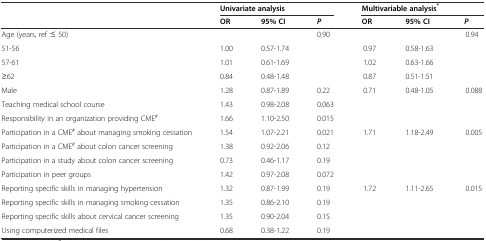
<table><thead><tr><td rowspan="2"></td><td colspan="3"><b>Univariate analysis</b></td><td colspan="3"><b>Multivariable analysis<sup>*</sup></b></td></tr><tr><td><b>OR</b></td><td><b>95% CI</b></td><td><b><i>P</i></b></td><td><b>OR</b></td><td><b>95% CI</b></td><td><b><i>P</i></b></td></tr></thead><tbody><tr><td>Age (years, ref :≤ 50)</td><td></td><td></td><td>0.90</td><td></td><td></td><td>0.94</td></tr><tr><td>51-56</td><td>1.00</td><td>0.57-1.74</td><td></td><td>0.97</td><td>0.58-1.63</td><td></td></tr><tr><td>57-61</td><td>1.01</td><td>0.61-1.69</td><td></td><td>1.02</td><td>0.63-1.66</td><td></td></tr><tr><td>≥62</td><td>0.84</td><td>0.48-1.48</td><td></td><td>0.87</td><td>0.51-1.51</td><td></td></tr><tr><td>Male</td><td>1.28</td><td>0.87-1.89</td><td>0.22</td><td>0.71</td><td>0.48-1.05</td><td>0.088</td></tr><tr><td>Teaching medical school course</td><td>1.43</td><td>0.98-2.08</td><td>0.063</td><td></td><td></td><td></td></tr><tr><td>Responsibility in an organization providing CME<sup>#</sup></td><td>1.66</td><td>1.10-2.50</td><td>0.015</td><td></td><td></td><td></td></tr><tr><td>Participation in a CME<sup>#</sup> about managing smoking cessation</td><td>1.54</td><td>1.07-2.21</td><td>0.021</td><td>1.71</td><td>1.18-2.49</td><td>0.005</td></tr><tr><td>Participation in a CME<sup>#</sup> about colon cancer screening</td><td>1.38</td><td>0.92-2.06</td><td>0.12</td><td></td><td></td><td></td></tr><tr><td>Participation in a study about colon cancer screening</td><td>0.73</td><td>0.46-1.17</td><td>0.19</td><td></td><td></td><td></td></tr><tr><td>Participation in peer groups</td><td>1.42</td><td>0.97-2.08</td><td>0.072</td><td></td><td></td><td></td></tr><tr><td>Reporting specific skills in managing hypertension</td><td>1.32</td><td>0.87-1.99</td><td>0.19</td><td>1.72</td><td>1.11-2.65</td><td>0.015</td></tr><tr><td>Reporting specific skills in managing smoking cessation</td><td>1.35</td><td>0.86-2.10</td><td>0.19</td><td></td><td></td><td></td></tr><tr><td>Reporting specific skills about cervical cancer screening</td><td>1.35</td><td>0.90-2.04</td><td>0.15</td><td></td><td></td><td></td></tr><tr><td>Using computerized medical files</td><td>0.68</td><td>0.38-1.22</td><td>0.19</td><td></td><td></td><td></td></tr></tbody></table>